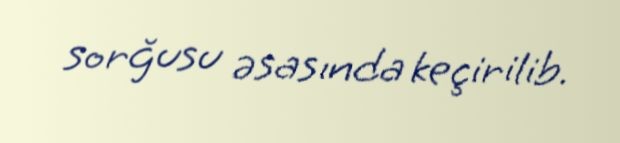
sorğusu əsasında keçirilib.